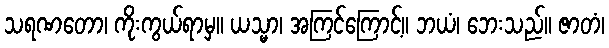
သရဏတော၊ ကိုးကွယ်ရာမှ။ ယသ္မာ၊ အကြင်ကြောင့်။ ဘယံ၊ ဘေးသည်။ ဇာတံ၊